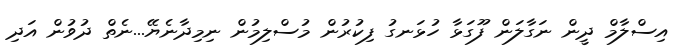
އިސްލާމް ދީން ނަގާލަން ފޫގަޅާ ހުޅަނގު ފިކުރުން މުސްލިމުން ނިމިދާނެޔޭ...ނެތް ދުވުން އަދި